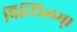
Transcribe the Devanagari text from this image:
पिच्छिलम्।